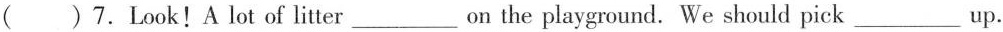
（）7.LOOK！A lot of litter___on the playground.We should pick___up.